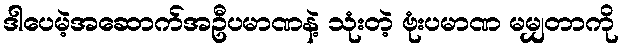
ဒါပေမဲ့အဆောက်အဦပမာဏနဲ့ သုံးတဲ့ ဗုံးပမာဏ မမျှတာကို